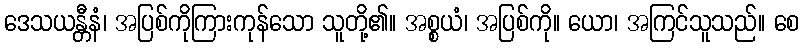
ဒေသယန္တီနံ၊ အပြစ်ကိုကြားကုန်သော သူတို့၏။ အစ္စယံ၊ အပြစ်ကို။ ယော၊ အကြင်သူသည်။ စေ